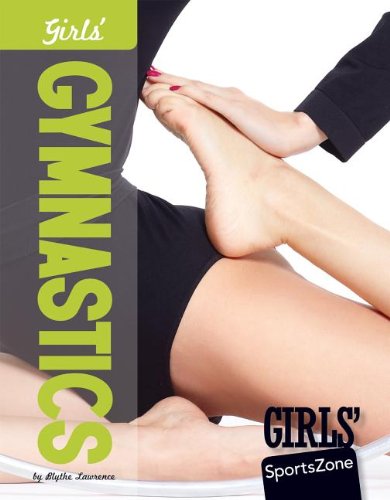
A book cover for Girls' Gymnastics (Girls' Sportszone); Blythe Lawrence; Children's Books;